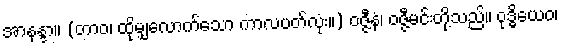
အာနန္ဒာ။ (တာဝ၊ ထိုမျှလောက်သော ကာလပတ်လုံး။) ဝဇ္ဇီနံ၊ ဝဇ္ဇီမင်းတို့သည်။ ဝုဒ္ဓိယေဝ၊